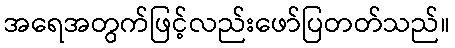
အရေအတွက်ဖြင့်လည်းဖော်ပြတတ်သည်။